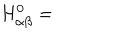
LaTeX: H _ { \alpha \beta } ^ { 0 } =